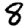
Digit: 8